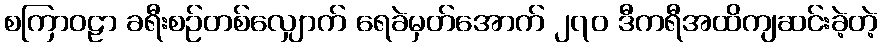
စကြာဝဠာ ခရီးစဉ်တစ်လျှောက် ရေခဲမှတ်အောက် ၂၇၀ ဒီကရီအထိကျဆင်းခဲ့တဲ့